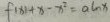
f ( x ) + x - x ^ { 2 } = a \ln x